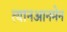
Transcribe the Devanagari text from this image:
त्यानआनमेन